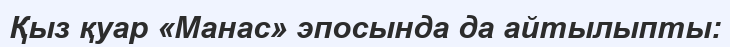
Қыз қуар «Манас» эпосында да айтылыпты: